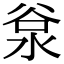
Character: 𣴲